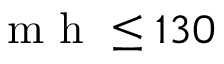
\mathrm { ~ m ~ h ~ } \leq 1 3 0